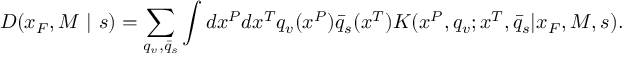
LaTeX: D ( x _ { F } , M \ | \ s ) = \sum _ { q _ { v } , \bar { q } _ { s } } \int d x ^ { P } d x ^ { T } q _ { v } ( x ^ { P } ) \bar { q } _ { s } ( x ^ { T } ) K ( x ^ { P } , q _ { v } ; x ^ { T } , \bar { q } _ { s } | x _ { F } , M , s ) .